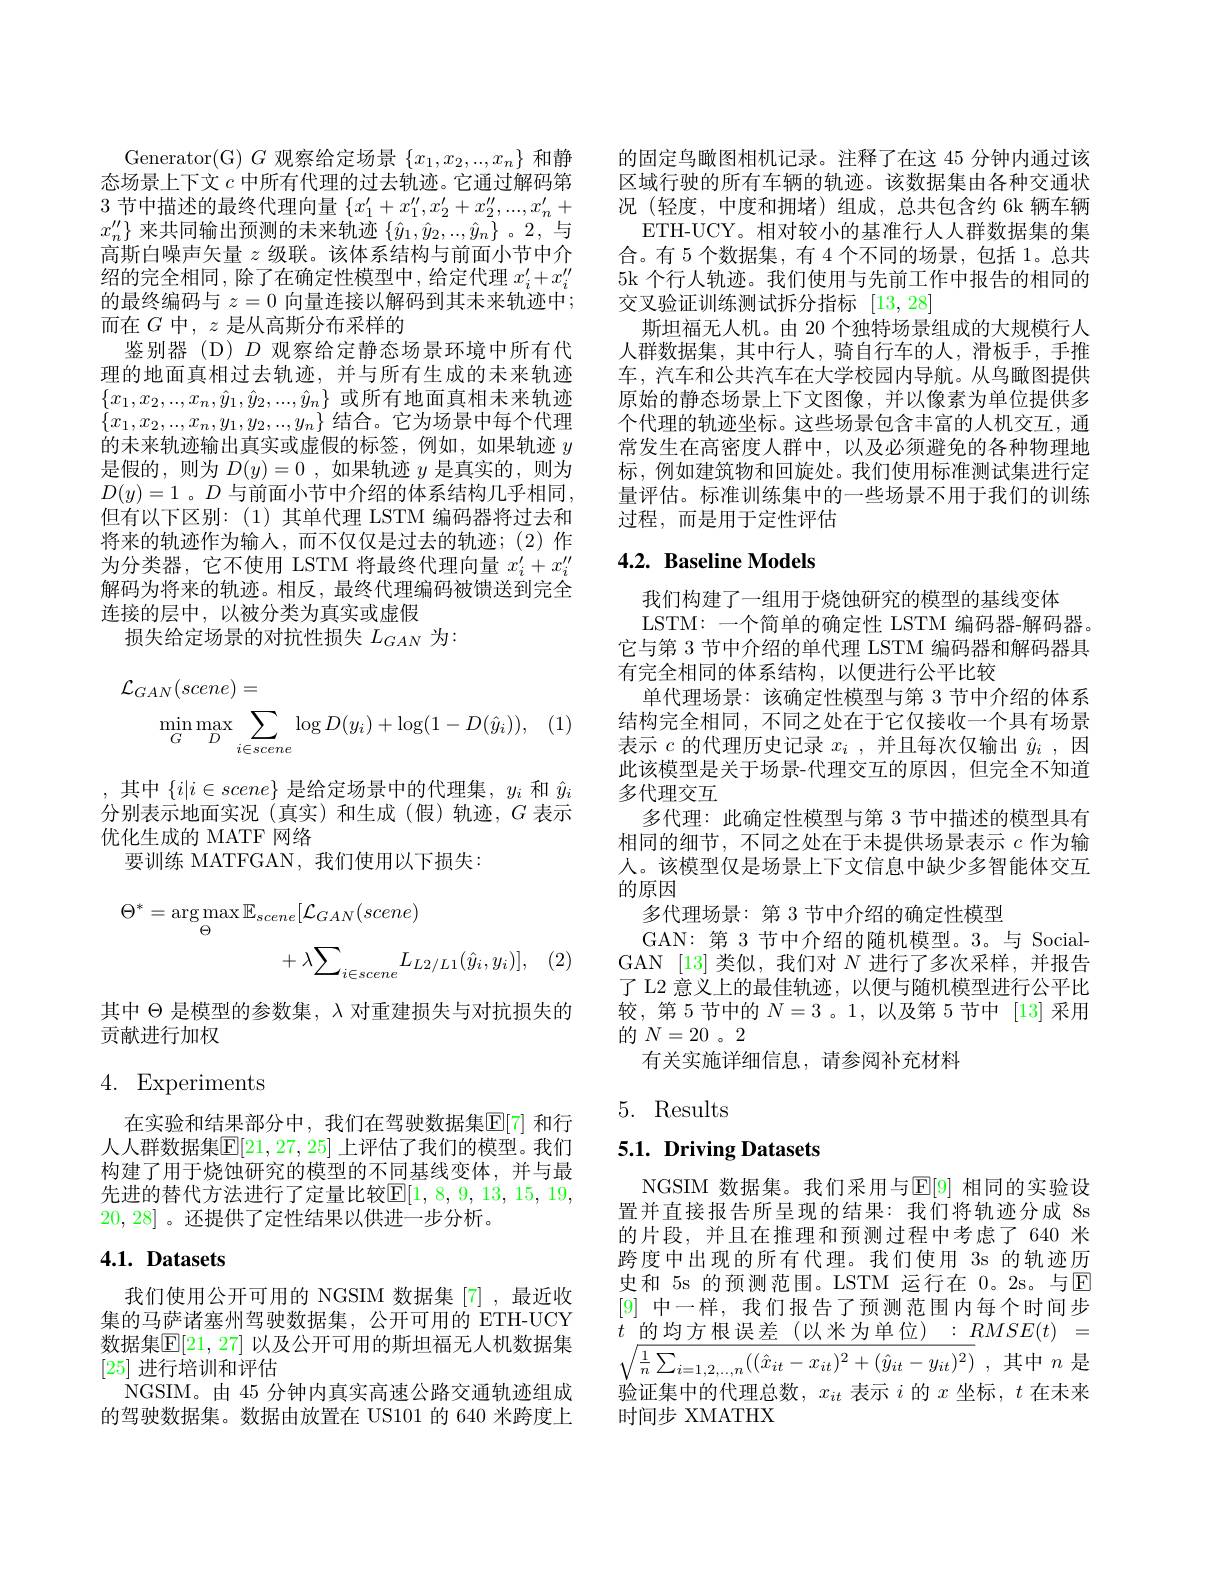
Generator(G) $G$观察给定场景$\{x_1,x_2,...,x_n\}$和静态场景上下文$c$中所有代理的过去轨迹。它通过解码第3 节中描述的最终代理向量$\{x_1^\prime+x_1^{\prime\prime},x_2^{\prime}+x_2^{\prime\prime},...,x_n^{\prime}+$ $x_n^{\prime\prime}\}$来共同输出预测的未来轨迹$\{\hat{y}_1,\hat{y}_2,..,\hat{y}_n\}$ 。2,与高斯白噪声矢量$z$级联。该体系结构与前面小节中介绍的完全相同，除了在确定性模型中，给定代理$x_i^\prime+x_i^{\prime\prime}$ 的最终编码与$z=0$向量连接以解码到其未来轨迹中； 而在$G$中$,z$是从高斯分布采样的
鉴别器(D)$D$观察给定静态场景环境中所有代理的地面真相过去轨迹，并与所有生成的未来轨迹$\{x_1,x_2,...,x_n,\hat{y}_1,\hat{y}_2,...,\hat{y}_n\}$或所有地面真相未来轨迹$\{x_1,x_2,...,x_n,y_1,y_2,...,y_n\}$结合。它为场景中每个代理的未来轨迹输出真实或虚假的标签，例如，如果轨迹$y$ 是假的，则为$D(y)=0$,如果轨迹$y$是真实的，则为$D(y)=1$。$D$ 与前面小节中介绍的体系结构几乎相同， 但有以下区别：(1)其单代理 LSTM 编码器将过去和将来的轨迹作为输入，而不仅仅是过去的轨迹；(2)作为分类器，它不使用 LSTM 将最终代理向量$x_i^{\prime}+x_i^{\prime\prime}$ 解码为将来的轨迹。相反，最终代理编码被馈送到完全连接的层中，以被分类为真实或虚假
损失给定场景的对抗性损失$L_GAN$为：
$$\begin{aligned}\mathcal{L}_{GAN}(scene)&=\\\min_{G}\max_{D}\sum_{i\in scene}\log D(y_{i})+\log(1-D(\hat{y}_{i})),\end{aligned}$$
,其中$\{i|i\in scene\}$ 是给定场景中的代理集$,y_i$ 和 $\hat{y}_i$ 分别表示地面实况(真实)和生成(假)轨迹，$G$表示优化生成的 MATF 网络
要训练 MATFGAN,我们使用以下损失：
$$\begin{aligned}\Theta^{*}&=\arg\max_{\Theta}\mathbb{E}_{scene}[\mathcal{L}_{GAN}(scene)\\&+\lambda\sum_{i\in scene}L_{L2/L1}(\hat{y}_{i},y_{i})],\end{aligned}$$
其中$\Theta$是模型的参数集，$\lambda$对重建损失与对抗损失的
贡献进行加权

# 4. Experiments

在实验和结果部分中，我们在驾驶数据集$\mathbb{E}[7]$ 和行人人群数据集$\mathbb{E}[21,27,25]$ 上评估了我们的模型。我们构建了用于烧蚀研究的模型的不同基线变体，并与最先进的替代方法进行了定量比较$\mathbb{E}[1,8,9,13,15,19$, 20,28]。还提供了定性结果以供进一步分析。

# 4.1. Datasets

我们使用公开可用的 NGSIM 数据集[7],最近收集的马萨诸塞州驾驶数据集，公开可用的 ETH-UCY 数据集$\mathbb{E}[21,27]$ 以及公开可用的斯坦福无人机数据集[25]进行培训和评估
NGSIM。由 45 分钟内真实高速公路交通轨迹组成的驾驶数据集。数据由放置在 US101 的 640 米跨度上

的固定鸟瞰图相机记录。注释了在这 45 分钟内通过该区域行驶的所有车辆的轨迹。该数据集由各种交通状况 (轻度，中度和拥堵)组成，总共包含约 6k 辆车辆
ETH-UCY。相对较小的基准行人人群数据集的集合。有 5 个数据集，有 4 个不同的场景，包括 1。总共5k 个行人轨迹。我们使用与先前工作中报告的相同的交叉验证训练测试拆分指标[13,28]
斯坦福无人机。由 20 个独特场景组成的大规模行人人群数据集，其中行人，骑自行车的人，滑板手，手推车，汽车和公共汽车在大学校园内导航。从鸟瞰图提供原始的静态场景上下文图像，并以像素为单位提供多个代理的轨迹坐标。这些场景包含丰富的人机交互，通常发生在高密度人群中，以及必须避免的各种物理地标，例如建筑物和回旋处。我们使用标准测试集进行定量评估。标准训练集中的一些场景不用于我们的训练过程，而是用于定性评估

## $4. 2. \textbf{Baseline Models}$

我们构建了一组用于烧蚀研究的模型的基线变体
LSTM: 一个简单的确定性 LSTM 编码器-解码器。它与第 3 节中介绍的单代理 LSTM 编码器和解码器具有完全相同的体系结构，以便进行公平比较
单代理场景：该确定性模型与第 3 节中介绍的体系结构完全相同，不同之处在于它仅接收一个具有场景表示$c$的代理历史记录$x_i$,并且每次仅输出$\hat{y}_i$,因此该模型是关于场景-代理交互的原因，但完全不知道多代理交互
多代理：此确定性模型与第 3 节中描述的模型具有相同的细节，不同之处在于未提供场景表示$c$作为输人。该模型仅是场景上下文信息中缺少多智能体交互的原因
多代理场景：第 3 节中介绍的确定性模型
GAN:第 3 节中介绍的随机模型。3。与 SocialGAN [13]类似，我们对$N$进行了多次采样，并报告了 L2 意义上的最佳轨迹，以便与随机模型进行公平比较，第 5 节中的$N=3$ 。1,以及第 5 节中 [13]采用的$N=20$。2
有关实施详细信息，请参阅补充材料

## 5. Results

## 5.1. Driving Datasets

NGSIM 数据集。我们采用与$\mathbb{E}[9]$ 相同的实验设置并直接报告所呈现的结果：我们将轨迹分成 8s 的片段，并且在推理和预测过程中考虑了 640 米跨度中出现的所有代理。我们使用 3s 的轨迹历史和 5s 的预测范围。LSTM 运行在 0。2s。与$\mathbb{E}$ [9]中一样，我们报告了预测范围内每个时间步$t$ $\underline {\text{的 均 方 根 误 差 ( 以 米 为 单 位 ) }}$ : $RMSE( t)$ = $\sqrt {\frac 1n\sum _{i= 1, 2, \ldots , n}( ( \hat{x} _{it}- x_{it}) ^{2}+ ( \hat{y} _{it}- y_{it}) ^{2}) }$ ,其中$n$ 是验证集中的代理总数，$x_it$表示$i$的$x$坐标，$t$在未来时间步 XMATHX